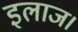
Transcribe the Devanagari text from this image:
इलाज।